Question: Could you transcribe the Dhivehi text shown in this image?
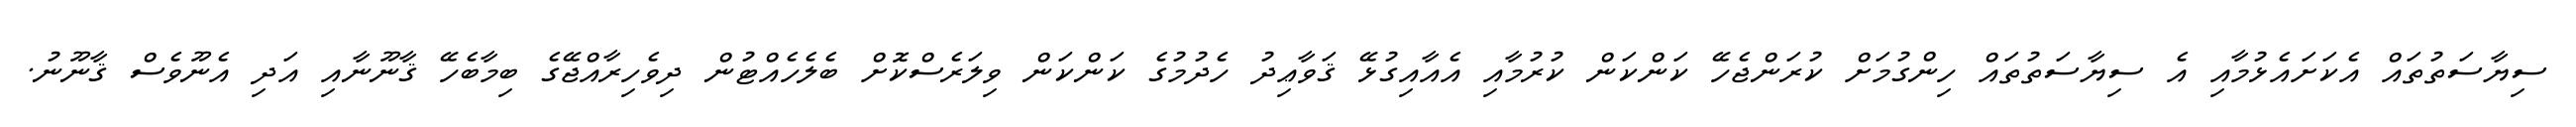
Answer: ސިޔާސަތުތައް އެކަށައެޅުމާއި އެ ސިޔާސަތުތައް ހިންގުމަށް ކުރަންޖެހޭ ކަންކަން ކުރުމާއި އެއާއިގުޅޭ ޤަވާޢިދު ހެދުމުގެ ކަންކަން ވިލަރެސްކޮށް ބެލެހެއްޓުން ދިވެހިރާއްޖޭގެ ބިމާބެހޭ ޤާނޫނާއި އަދި އެނޫވެސް ޤާނޫނު.